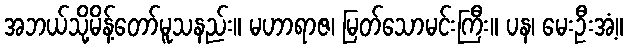
အဘယ်သို့မိန့်တော်မူသနည်း။ မဟာရာဇ၊ မြတ်သောမင်းကြီး။ ပန၊ မေးဦးအံ့။